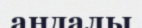
андалы